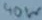
Text: 40W